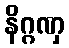
နိဂ္ဂဏှ